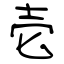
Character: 壱